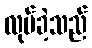
လုပ်ခဲ့သည်